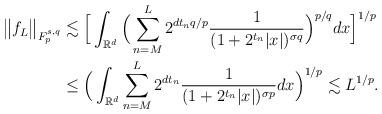
LaTeX: \begin{align*}\big\Vert f_L\big\Vert_{F_p^{{s},q}}&\lesssim \Big[ \int_{\mathbb{R}^d}{ \Big( \sum_{n=M}^{L}{2^{{d}{t_n}q/p}\frac{1}{(1+2^{{t_n}}|x|)^{{\sigma} q}}} \Big)^{{p}/{q}} }dx \Big]^{{1}/{p}}\\&\leq \Big( \int_{\mathbb{R}^d}{ \sum_{n=M}^{L}{2^{d{t_n}}\frac{1}{(1+2^{{t_n}}|x|)^{{\sigma} p}}} }dx \Big)^{{1}/{p}}\lesssim L^{{1}/{p}}.\end{align*}